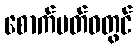
စောက်ပတ်ဝတွင်